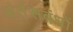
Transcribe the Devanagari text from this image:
अंर्तसबंधों